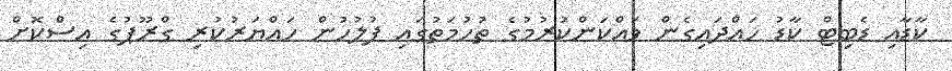
ކާޑާއި ޑެބިޓް ކާޑު ހައްދައިގެން ވައްކަންކުރުމުގެ ތުހުމަތުގައި ފުލުހުން ހައްޔަރުކުރި ގްރޫޕުގެ އިސްކޮށް